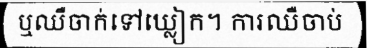
ឬឈឺចាក់ទៅឃ្លៀក។ ការឈឺចាប់